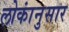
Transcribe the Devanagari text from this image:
लोकांनुसार